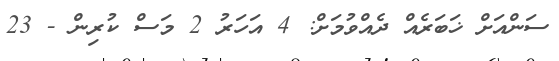
ސަންއަށް ޚަބަރެއް ދެއްވުމަށް: 4 އަހަރު 2 މަސް ކުރިން - 23